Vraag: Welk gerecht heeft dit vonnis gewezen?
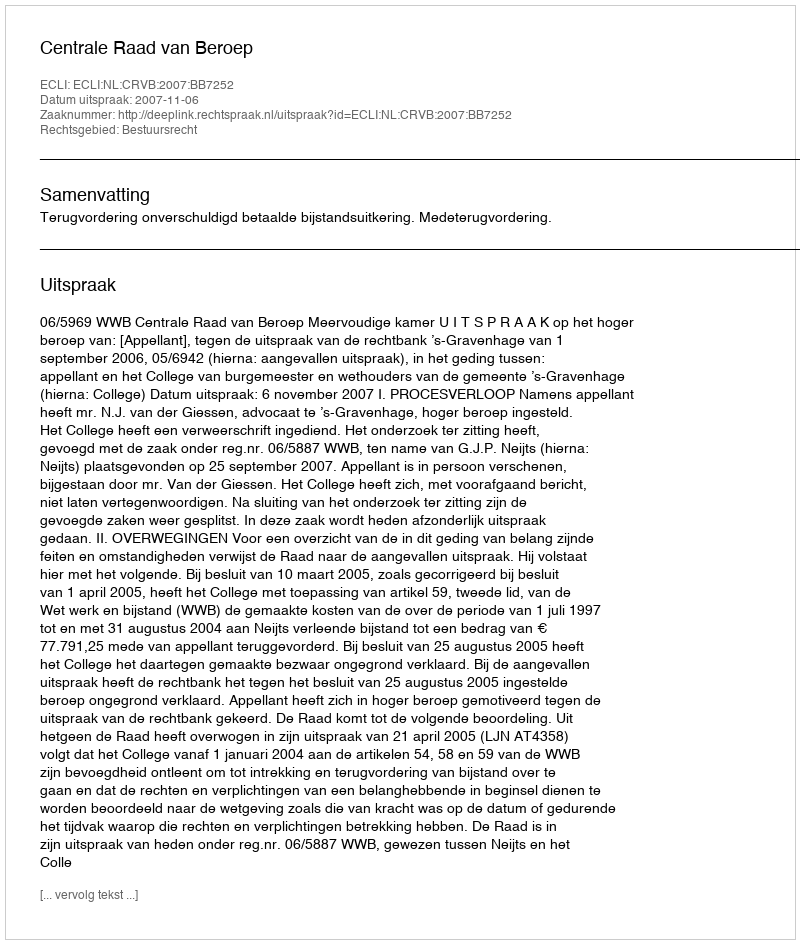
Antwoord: Centrale Raad van Beroep